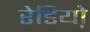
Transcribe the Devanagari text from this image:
रेडियो़